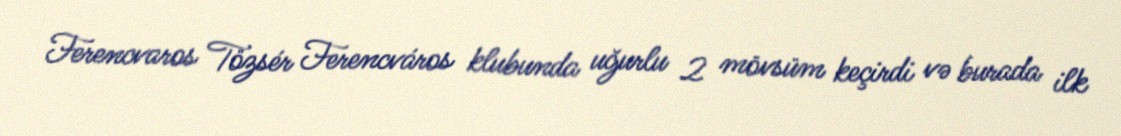
Ferencvaros Tőzsér Ferencváros klubunda uğurlu 2 mövsüm keçirdi və burada ilk